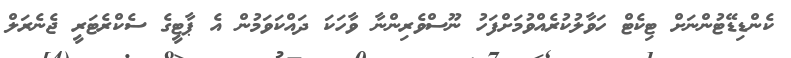
ކެންޑިޑޭޓުންނަށް ޓިކެޓް ހަވާލުކުރެއްވުމަށްފަހު ނޫސްވެރިންނާ ވާހަކަ ދައްކަވަމުން އެ ޕާޓީގެ ސެކްރެޓަރީ ޖެނެރަލް